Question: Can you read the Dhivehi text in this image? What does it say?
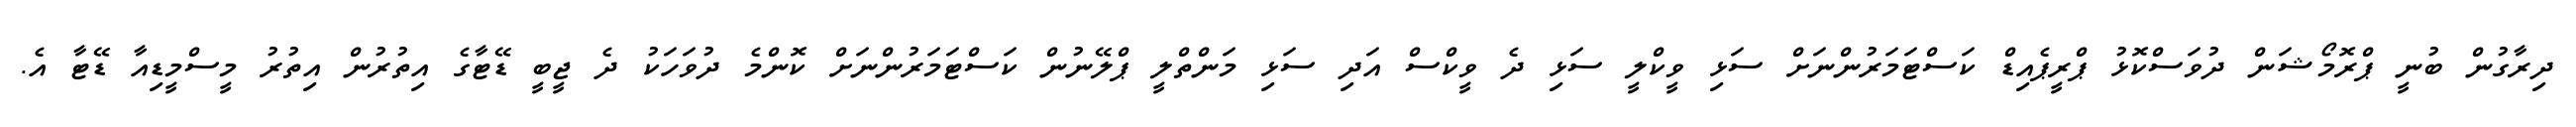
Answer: ދިރާގުން ބުނީ ޕްރޮމޯޝަން ދުވަސްކޮޅު ޕްރީޕެއިޑް ކަސްޓަމަރުންނަށް ސަޅި ވީކްލީ ސަޅި ދެ ވީކްސް އަދި ސަޅި މަންތްލީ ޕްލޭނުން ކަސްޓަމަރުންނަށް ކޮންމެ ދުވަހަކު ދެ ޖީބީ ޑޭޓާގެ އިތުރުން އިތުރު މީސްމީޑިއާ ޑޭޓާ އެ.